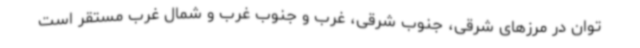
توان در مرزهای شرقی، جنوب شرقی، غرب و جنوب غرب و شمال غرب مستقر است